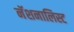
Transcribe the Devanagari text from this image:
नॅशनालिस्ट